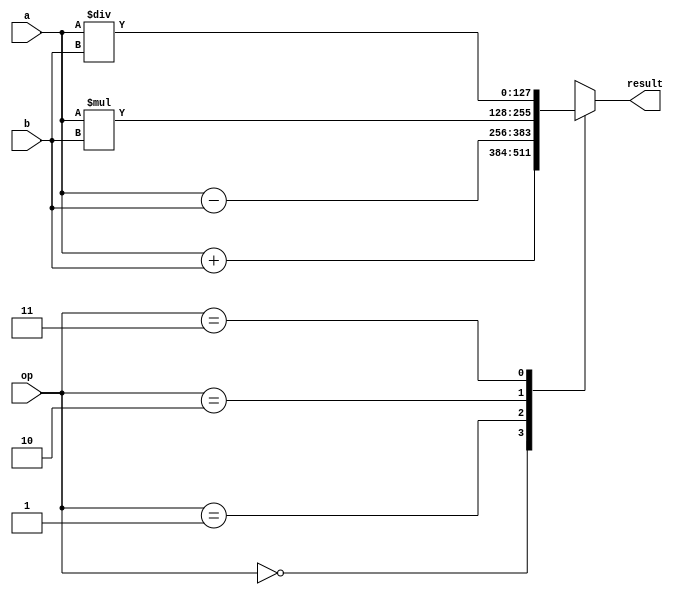
module QuadPrecisionArith(
  input wire[127:0] a,
  input wire[127:0] b,
  input wire[2:0] op,
  output reg[127:0] result
);

always @(*) begin
  case(op)
    3'b000: // Addition
      result = a + b;
    3'b001: // Subtraction
      result = a - b;
    3'b010: // Multiplication
      result = a * b;
    3'b011: // Division
      result = a / b;
    default // Default case
      result = 128'hxxxx_xxxx_xxxx_xxxx_xxxx_xxxx_xxxx_xxxx; // Placeholder for special cases
  endcase
end

endmodule